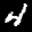
Label: 4